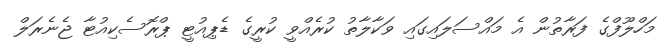
މަހްލޫފްގެ ފަރާތުން އެ މައްސަލައިގައި ވަކާލާތު ކުރެއްވީ ކުރީގެ ޑެޕިއުޓީ ޕްރޮސެކިއުޓާ ޖެނެރަލް